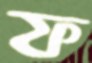
ফ